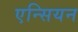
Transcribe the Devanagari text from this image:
एन्सियन